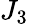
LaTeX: J_{3}